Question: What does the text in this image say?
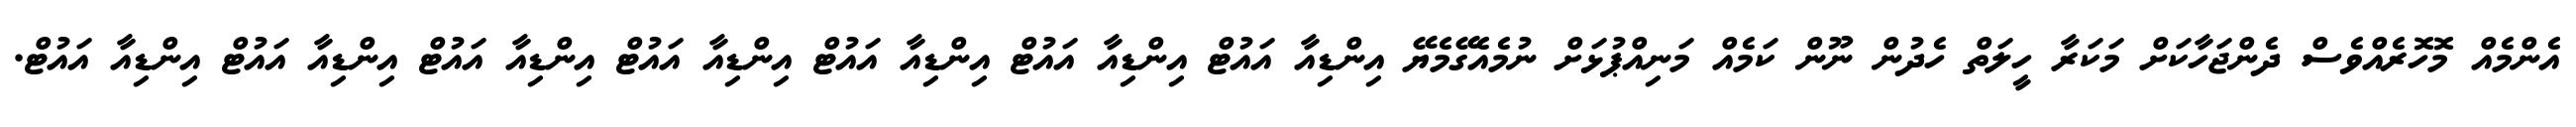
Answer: އެންމެއް މޮހޮރެއްވެސް ދެންޖަހާކަށް މަކަރާ ހީލަތް ހެދުން ނޫން ކަމެއް މަނިއްޕުޅަށް ނުމެއެގޭމެޔޭ އިންޑިއާ އައުޓް އިންޑިއާ އައުޓް އިންޑިއާ އައުޓް އިންޑިއާ އައުޓް އިންޑިއާ އައުޓް އިންޑިއާ އައުޓް އިންޑިއާ އައުޓް.